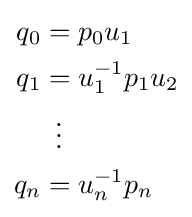
{\begin{aligned}q_{0}&=p_{0}u_{1}\\q_{1}&=u_{1}^{-1}p_{1}u_{2}\\&\,\,\,\vdots \\q_{n}&=u_{n}^{-1}p_{n}\end{aligned}}